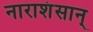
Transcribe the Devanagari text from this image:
नाराशंसान्